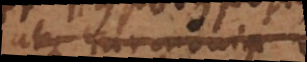
atque harmonia